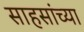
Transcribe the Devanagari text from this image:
साहसांच्या